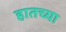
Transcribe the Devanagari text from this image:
हातच्या